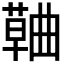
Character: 𮑅